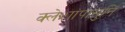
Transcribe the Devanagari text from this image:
क्लेशांपासुनि